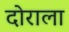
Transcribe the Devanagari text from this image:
दोराला